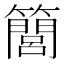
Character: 𥶆